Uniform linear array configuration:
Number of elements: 8
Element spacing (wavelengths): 0.75
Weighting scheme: cosine
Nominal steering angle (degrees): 0
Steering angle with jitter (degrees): -1.037
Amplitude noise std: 0.05
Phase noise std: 0.05

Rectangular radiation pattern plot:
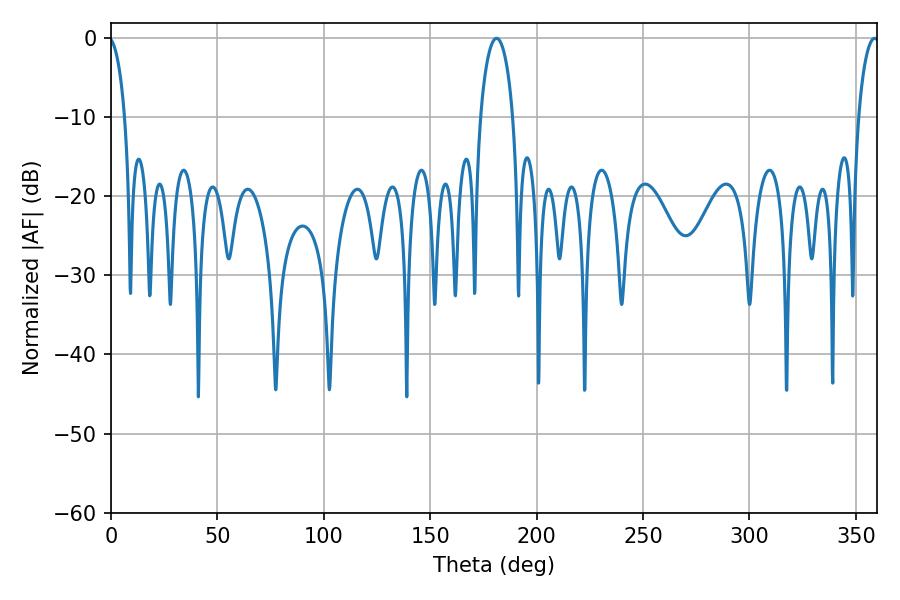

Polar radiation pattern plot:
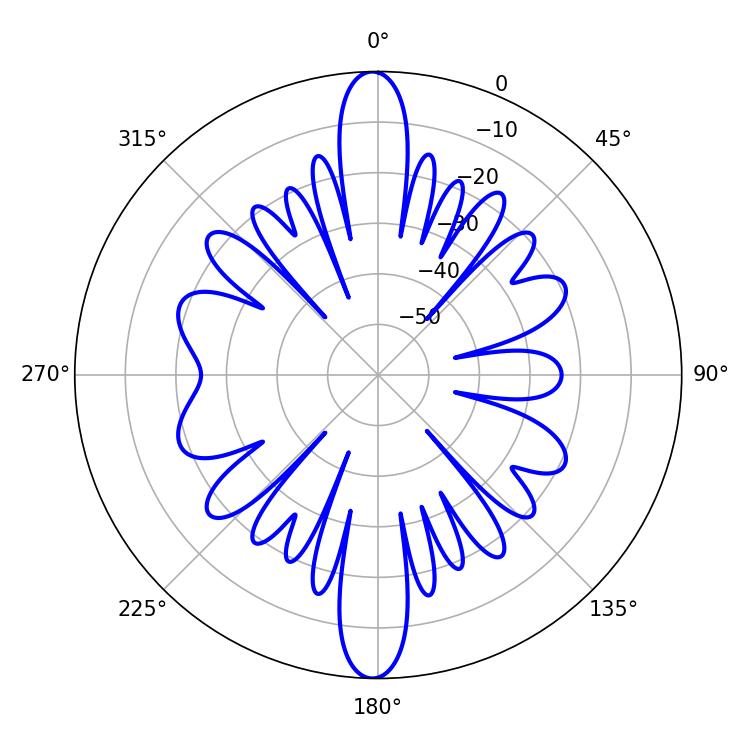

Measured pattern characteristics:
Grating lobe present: TRUE
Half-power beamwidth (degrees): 8.82
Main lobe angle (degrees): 181.08